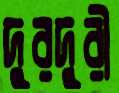
দুরদুরী